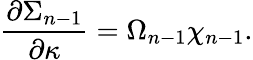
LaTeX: {\frac{\partial\Sigma_{n-1}}{\partial\kappa}}=\Omega_{n-1}\chi_{n-1}.